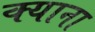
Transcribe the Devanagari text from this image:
क्याना